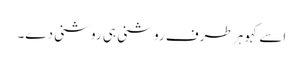
اسے کہو ہر طرف روشنی ہی روشنی دے۔